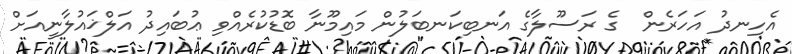
އެހިނދު އަހަރެން  ގެ ރަސޫލާގެ އަނބިކަނބަލުން މައިމޫނާ ބޮޑުކުރެއްވި ޢުބައިދު އަލްޚައުލާނީއަށް